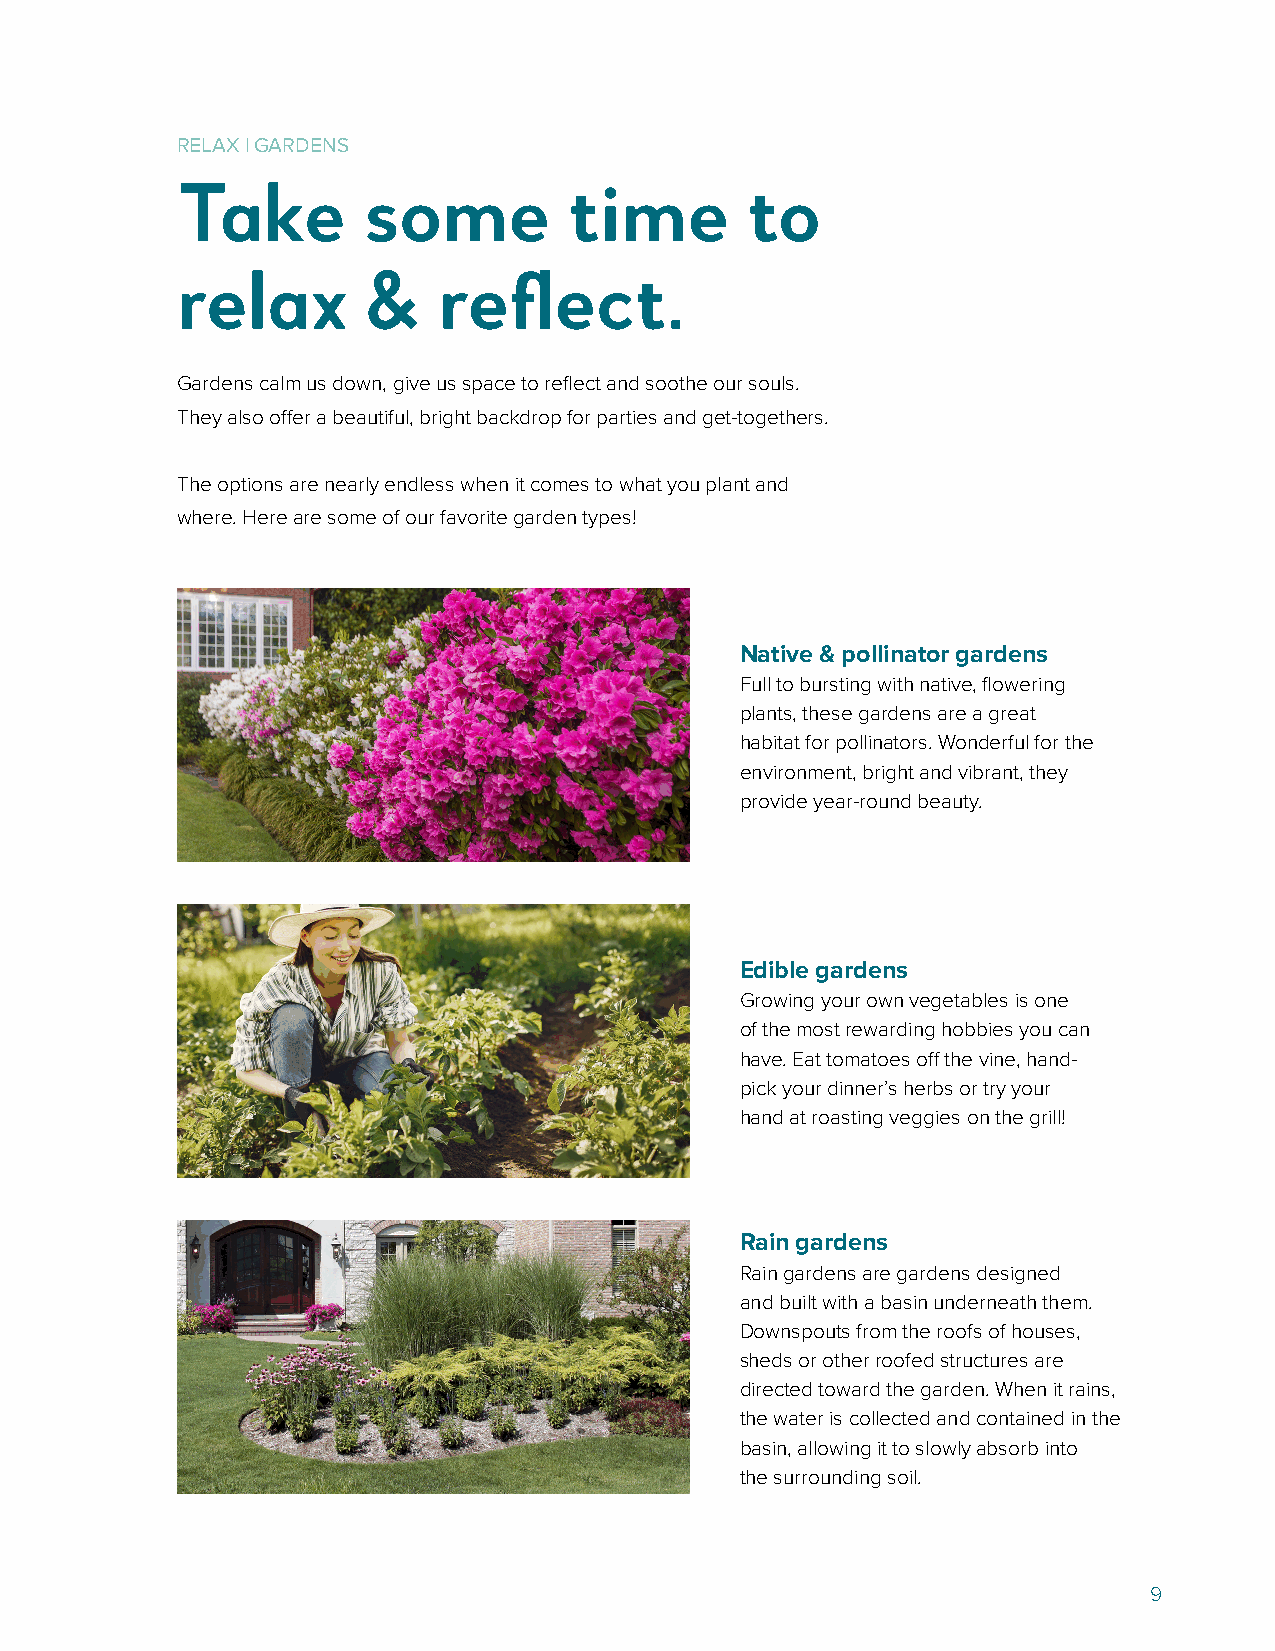
RELAX | GARDENS
 Take        some          time        to
 relax       &    reflect.
 Gardens calm us down, give us space to reflect and soothe our souls.
 They also offer a beautiful, bright backdrop for parties and get-togethers.
 The options are nearly endless when it comes to what you plant and
 where. Here are some of our favorite garden types!
 Native & pollinator gardens
 Full to bursting with native, flowering
 plants, these gardens are a great
 habitat for pollinators. Wonderful for the
 environment, bright and vibrant, they
 provide year-round beauty.
 Edible gardens
 Growing your own vegetables is one
 of the most rewarding hobbies you can
 have. Eat tomatoes off the vine, hand-
 pick your dinner’s herbs or try your
 hand at roasting veggies on the grill!
 Rain gardens
 Rain gardens are gardens designed
 and built with a basin underneath them.
 Downspouts from the roofs of houses,
 sheds or other roofed structures are
 directed toward the garden. When it rains,
 the water is collected and contained in the
 basin, allowing it to slowly absorb into
 the surrounding soil.
 9